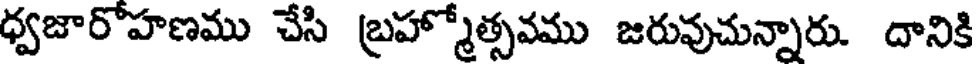
ధ్వజారోహణము చేసి బ్రహ్మోత్సవము జరువుచున్నారు. దానికి